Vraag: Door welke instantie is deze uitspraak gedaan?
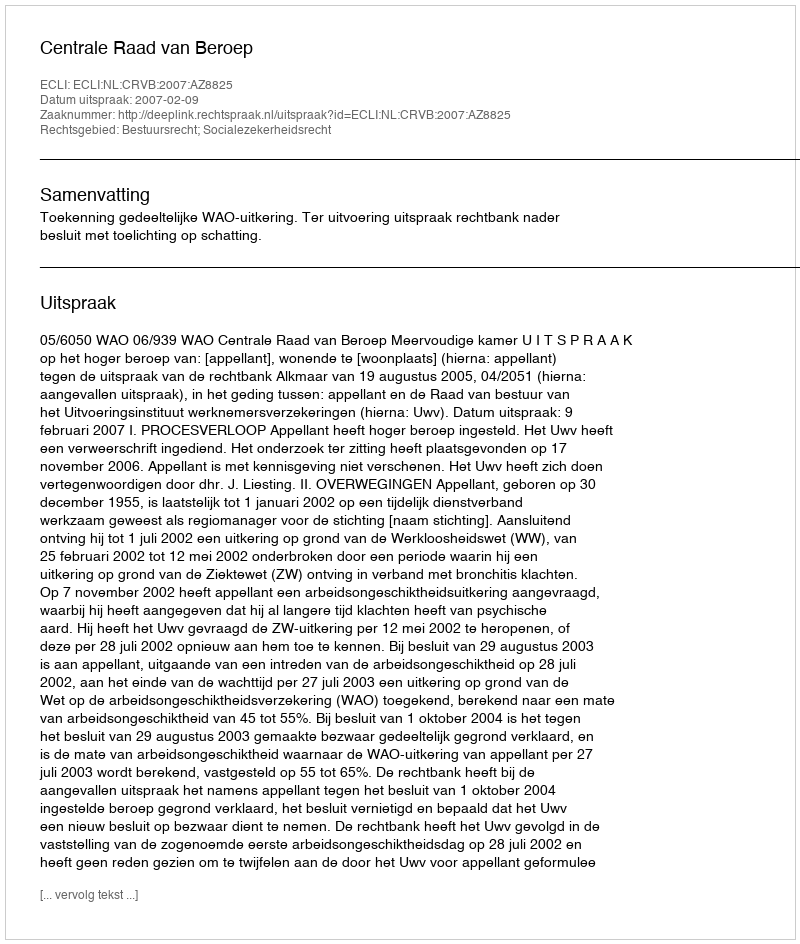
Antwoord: Centrale Raad van Beroep